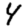
Digit: 4